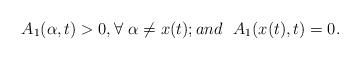
LaTeX: \begin{align*}A_1(\alpha,t)>0, \forall~\alpha\neq x(t);and~~ A_1(x(t),t)=0.\end{align*}